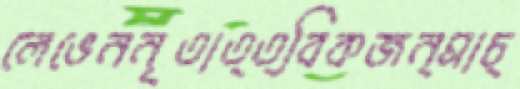
লেভেননৃতাত্ত্বিকজন্মাচ্